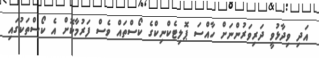
އަދި ވިދާޅުވީ ދަރިވަރުންނަށް ހާއްސަ ޕޮލިޓެކްނިކްގެ ކޯސްތައް ވެސް ފަރުމާކޮށް އެ ކޯސްތަކުގައި